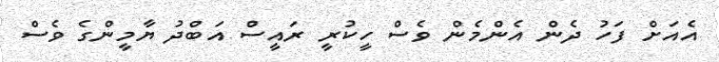
އެއަށް ފަހު ދެން އެންމެން ވެސް ހީކުރީ ރައީސް އަބްދު ޔާމީންގެ ވެސް